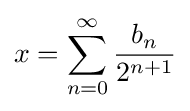
x=\sum _{n=0}^{\infty }{\frac {b_{n}}{2^{n+1}}}